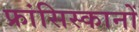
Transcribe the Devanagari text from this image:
फ्रांसिस्कानों